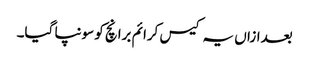
بعدازاں یہ کیس کرائم برانچ کو سونپا گیا۔